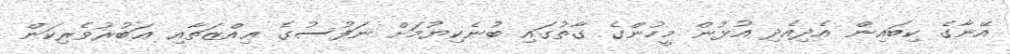
އޭނާގެ ކިބައިން އެދިއެދި އުޅުން މީހުންގެ ގާތުގައި ބުނެކިޔުމަށް ނަފުސުގެ ޢިއްޒަތާއި ޢަބުރުވެރިކަން